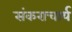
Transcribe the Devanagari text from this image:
संकराचार्य